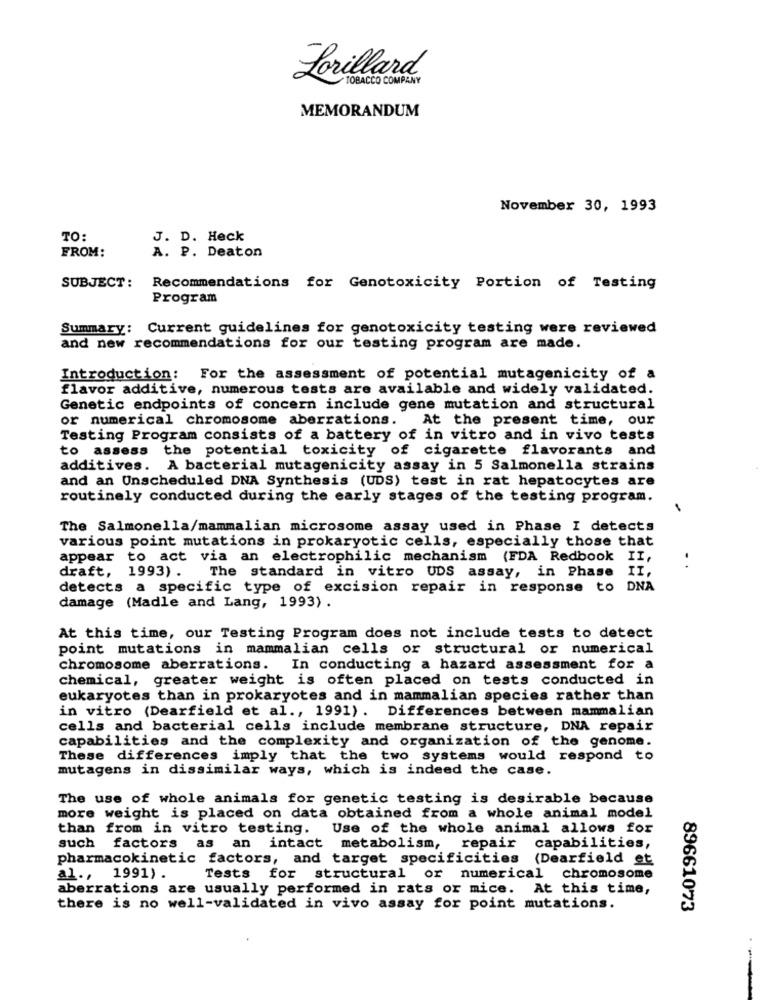
Lorillard.
TOBACCO COMPANY
MEMORANDUM
November 30, 1993
TO:
J. D. Heck
FROM:
A. P. Deaton
SUBJECT:
Recommendations for Genotoxicity Portion of Testing
Program
Summary: Current guidelines for genotoxicity testing were reviewed
and new recommendations for our testing program are made.
Introduction: For the assessment of potential mutagenicity of a
flavor additive, numerous tests are available and widely validated.
Genetic endpoints of concern include gene mutation and structural
or numerical chromosome aberrations. At the present time, our
Testing Program consists of a battery of in vitro and in vivo tests
to assess the potential toxicity of cigarette flavorants and
additives. A bacterial mutagenicity assay in 5 Salmonella strains
and an Unscheduled DNA Synthesis (UDS) test in rat hepatocytes are
routinely conducted during the early stages of the testing program.
The Salmonella/mammalian microsome assay used in Phase I detects
various point mutations in prokaryotic cells, especially those that
appear to act via an electrophilic mechanism (FDA Redbook II,
draft, 1993) .
The standard in vitro UDS assay, in Phase
II
..
detects a specific type of excision repair in response to DNA
damage (Madle and Lang, 1993) .
At this time, our Testing Program does not include tests to detect
point mutations in mammalian cells or structural or numerical
chromosome aberrations.
In conducting a hazard assessment for a
chemical, greater weight is often placed on tests conducted in
eukaryotes than in prokaryotes and in mammalian species rather than
in vitro (Dearfield et al ., 1991). Differences between mammalian
cells and bacterial cells include membrane structure, DNA repair
capabilities and the complexity and organization of the genome.
These differences imply that the two systems would respond to
mutagens in dissimilar ways, which is indeed the case.
The use of whole animals for genetic testing is desirable because
more weight is placed on data obtained from a whole animal model
than from in vitro testing. Use of the whole animal allows for
such factors as an intact metabolism, repair capabilities,
pharmacokinetic factors, and target specificities (Dearfield et
al .,
1991) .
Tests for structural or numerical chromosome
aberrations are usually performed in rats or mice. At this time,
there is no well-validated in vivo assay for point mutations.
89661073